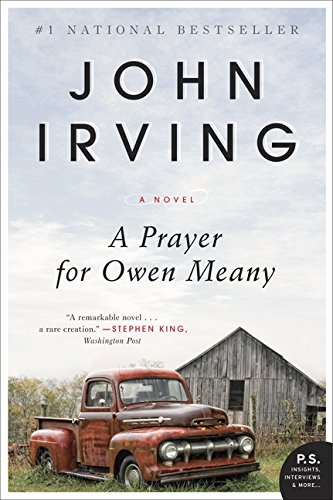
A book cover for A Prayer for Owen Meany: A Novel; John Irving; Literature & Fiction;